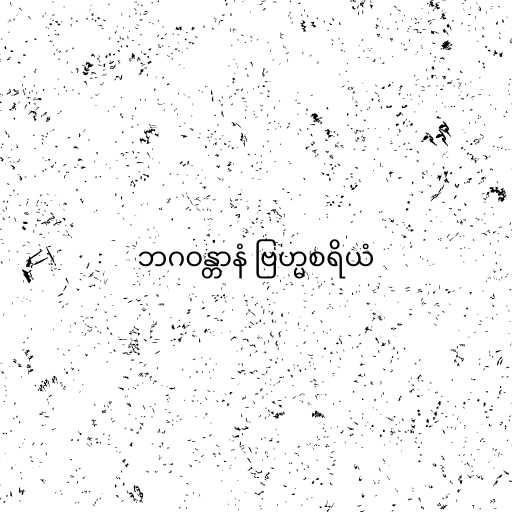
ဘဂဝန္တာနံ ဗြဟ္မစရိယံ